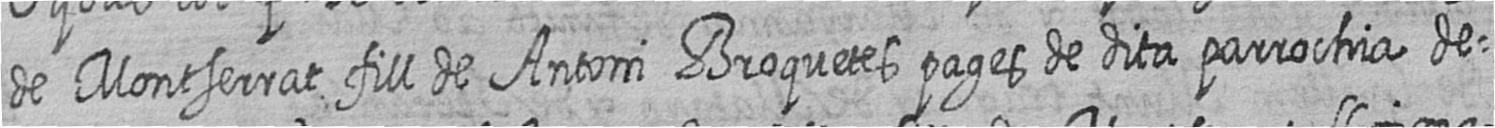
de Montserrat fill de Antoni Broquetes pages de dita parrochia de=